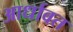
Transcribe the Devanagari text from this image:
आर्धावत